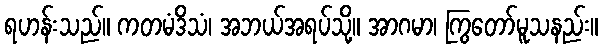
ရဟန်းသည်။ ကတမံဒိသံ၊ အဘယ်အရပ်သို့။ အာဂမာ၊ ကြွတော်မူသနည်း။